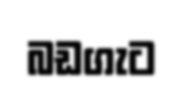
බඩගැට